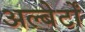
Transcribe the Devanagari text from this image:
अल्बेर्टों